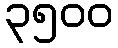
၃၅၀၀